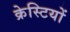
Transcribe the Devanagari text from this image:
क्रेस्टियों